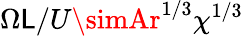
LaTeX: \Omega\mathsf{L}/U\simAr^{1/3}\chi^{1/3}